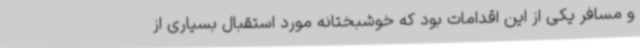
و مسافر یکی از این اقدامات بود که خوشبختانه مورد استقبال بسیاری از